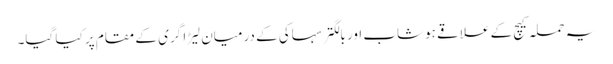
یہ حملہ کیچ کے علاقے ہوشاب اور بالگتر سہاکی کے درمیان لیڑا گری کے مقام پر کیا گیا۔